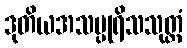
ဒုတိယအသပ္ပုရိသသုတ္တံ